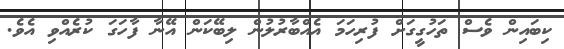
ކިބައިން ވެސް ތަހުގީގަށް ފުރިހަމަ އެއްބާރުލުން ލިބޭކަން އޭނާ ފާހަގަ ކުރެއްވި އެވެ.